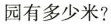
园有多少米?